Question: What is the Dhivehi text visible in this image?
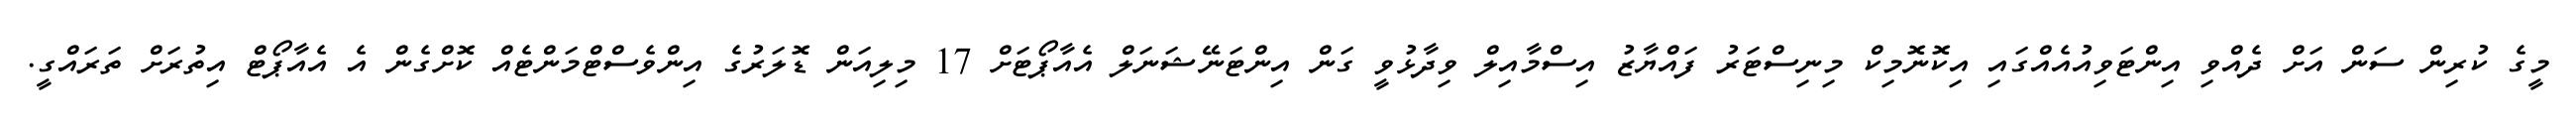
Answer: މީގެ ކުރިން ސަން އަށް ދެއްވި އިންޓަވިއުއެއްގައި އިކޮނޮމިކް މިނިސްޓަރު ފައްޔާޒު އިސްމާއިލް ވިދާޅުވީ ގަން އިންޓަނޭޝަނަލް އެއާޕޯޓަށް 17 މިލިއަން ޑޮލަރުގެ އިންވެސްޓްމަންޓެއް ކޮށްގެން އެ އެއާޕޯޓް އިތުރަށް ތަރައްގީ.